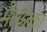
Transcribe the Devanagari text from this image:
मेलोरका